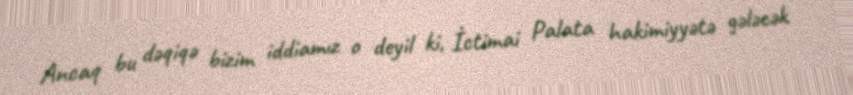
Ancaq bu dəqiqə bizim iddiamız o deyil ki, İctimai Palata hakimiyyətə gələcək